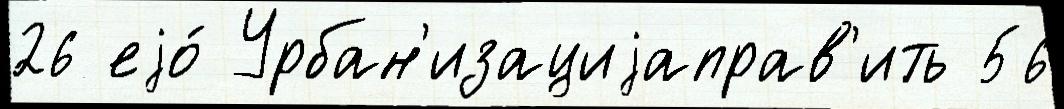
26 еjо́ Урбан'изациjаправ'ить 56